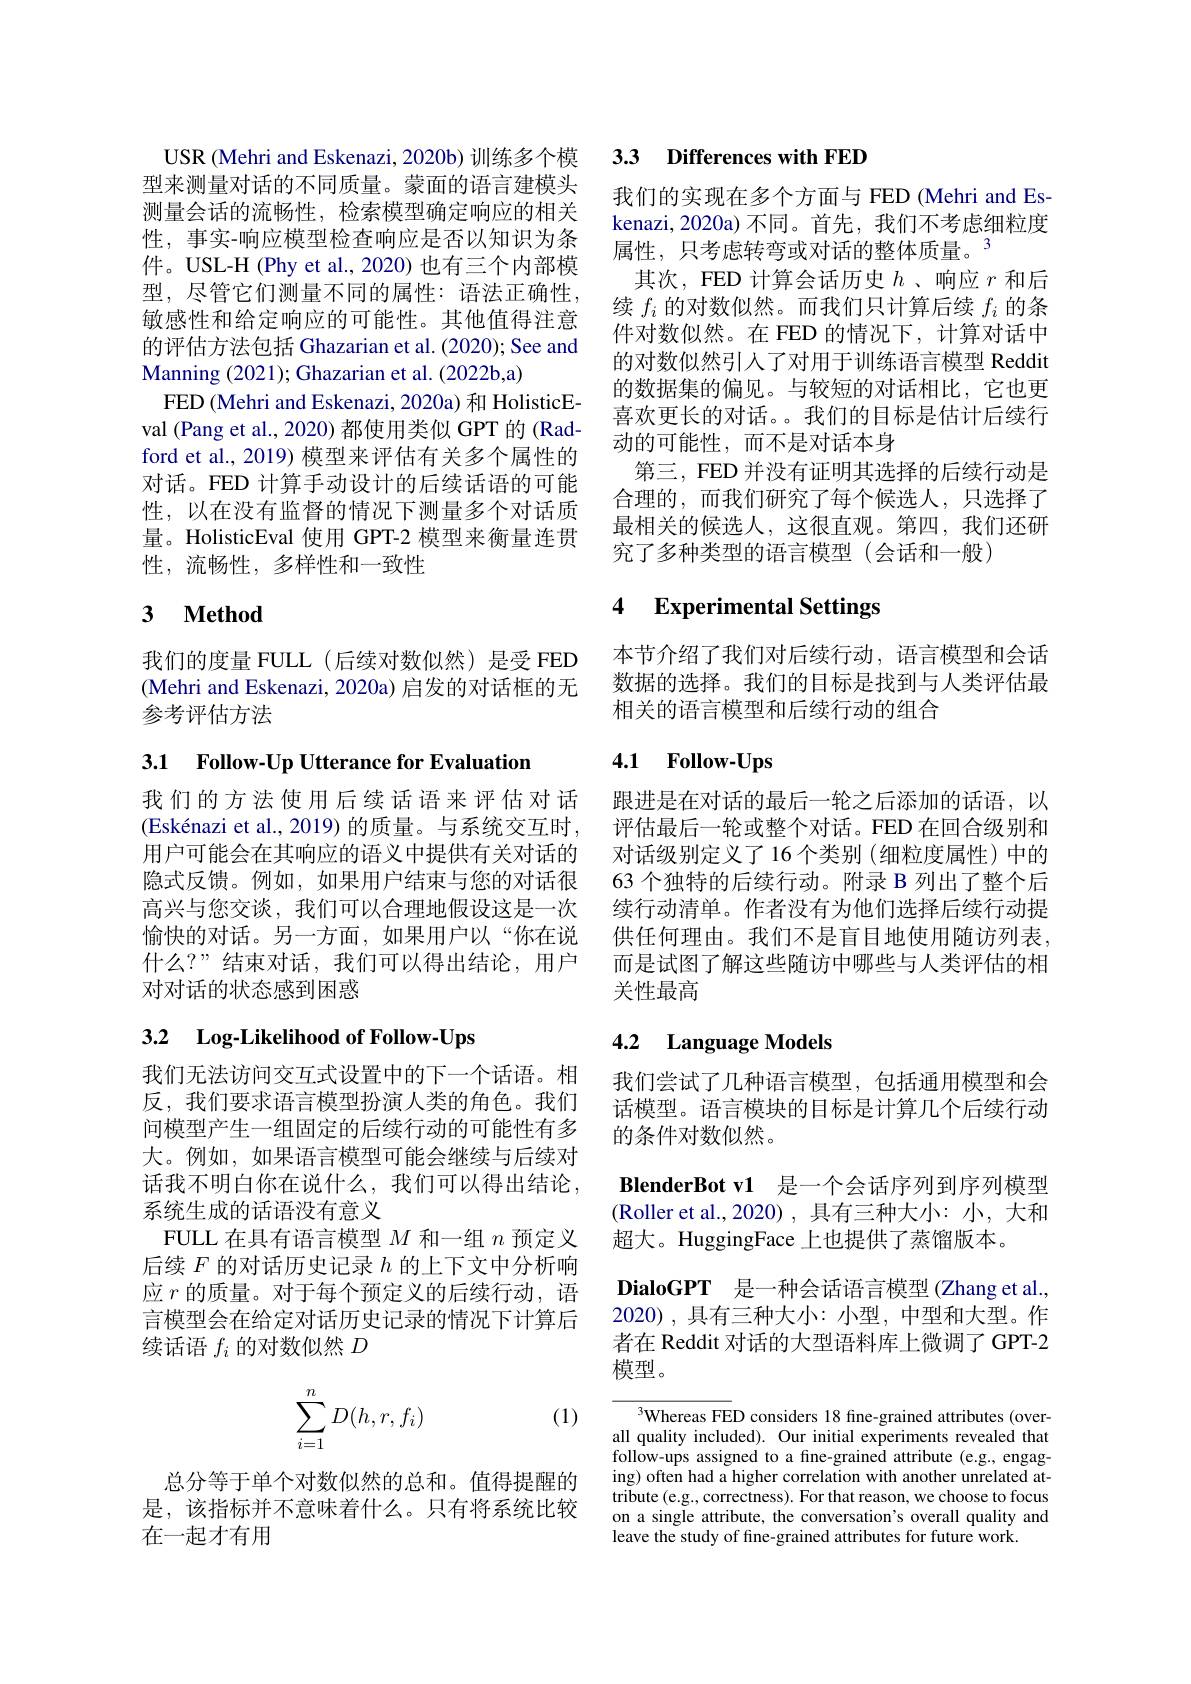
USR (Mehri and Eskenazi, 2020b) 训练多个模型来测量对话的不同质量。蒙面的语言建模头测量会话的流畅性，检索模型确定响应的相关性，事实-响应模型检查响应是否以知识为条件。USL-H (Phy et al., 2020) 也有三个内部模型，尽管它们测量不同的属性：语法正确性， 敏感性和给定响应的可能性。其他值得注意的评估方法包括 Ghazarian et al. (2020); See and Manning (2021); Ghazarian et al. (2022b,a)
FED (Mehri and Eskenazi, 2020a) 和 HolisticEval (Pang et al., 2020) 都使用类似 GPT 的 (Radford et al., 2019) 模型来评估有关多个属性的对话。FED 计算手动设计的后续话语的可能性，以在没有监督的情况下测量多个对话质量。HolisticEval 使用 GPT-2 模型来衡量连贯性，流畅性，多样性和一致性

# 3 $\textbf{Method}$

我们的度量 FULL(后续对数似然)是受 FED (Mehri and Eskenazi, 2020a) 启发的对话框的无参考评估方法

3.1 Follow-Up Utterance for Evaluation

我们的方法使用后续话语来评估对话 跟进是在对话的最后一轮之后添加的话语，以(Eskénazi et al., 2019) 的质量。与系统交互时，评估最后一轮或整个对话。FED 在回合级别和用户可能会在其响应的语义中提供有关对话的 对话级别定义了 16 个类别 (细粒度属性) 中的隐式反馈。例如，如果用户结束与您的对话很高兴与您交谈，我们可以合理地假设这是一次愉快的对话。另一方面，如果用户以“你在说什么？”结束对话，我们可以得出结论，用户对对话的状态感到困惑

# 3.2 Log-Likelihood of Follow-Ups

我们无法访问交互式设置中的下一个话语。相反，我们要求语言模型扮演人类的角色。我们问模型产生一组固定的后续行动的可能性有多大。例如，如果语言模型可能会继续与后续对话我不明白你在说什么，我们可以得出结论， 系统生成的话语没有意义
FULL 在具有语言模型$M$和一组$n$预定义后续$F$的对话历史记录$h$的上下文中分析响应$r$的质量。对于每个预定义的后续行动，语言模型会在给定对话历史记录的情况下计算后续话语$f_i$的对数似然$D$
$$\begin{aligned}\sum_{i=1}^nD(h,r,f_i)\end{aligned}$$
(1)

总分等于单个对数似然的总和。值得提醒的是，该指标并不意味着什么。只有将系统比较在一起才有用

## 3.3 Differences with FED

我们的实现在多个方面与 FED (Mehri and Eskenazi,2020a)不同。首先，我们不考虑细粒度属性，只考虑转弯或对话的整体质量。3
其 次 , FED 计 算 会 话 历 史 $h$、 响 应 $r$ 和 后 续 $f_{i}$的 对 数 似 然 。而 我 们 只 计 算 后 续 $f_{i}$ 的 条件对数似然。在 FED 的情况下，计算对话中的对数似然引人了对用于训练语言模型 Reddit 的数据集的偏见。与较短的对话相比，它也更喜欢更长的对话。。我们的目标是估计后续行动的可能性，而不是对话本身
第三，FED 并没有证明其选择的后续行动是合理的，而我们研究了每个候选人，只选择了最相关的候选人，这很直观。第四，我们还研究了多种类型的语言模型(会话和一般)

### 4 $\textbf{Experimental Settings}$

本节介绍了我们对后续行动，语言模型和会话数据的选择。我们的目标是找到与人类评估最相关的语言模型和后续行动的组合

## 4.1 Follow-Ups

63 个独特的后续行动。附录 B 列出了整个后续行动清单。作者没有为他们选择后续行动提供任何理由。我们不是盲目地使用随访列表。而是试图了解这些随访中哪些与人类评估的相关性最高

# 4.2 Language Models

我们尝试了几种语言模型，包括通用模型和会话模型。语言模块的目标是计算几个后续行动的条件对数似然。
$\textbf{BlenderBot v1}$ 是一个会话序列到序列模型(Roller et al.,2020),具有三种大小：小，大和超大。HuggingFace 上也提供了蒸馏版本。
$\textbf{DialoGPT}$ 是一种会话语言模型(Zhang et al., 2020),具有三种大小：小型，中型和大型。作者在 Reddit 对话的大型语料库上微调了 GPT-2模型。

$^{3}$Whereas FED considers 18 fine-grained attributes (overall quality included). Our initial experiments revealed that follow-ups assigned to a fine-grained attribute (e.g., engaging) often had a higher correlation with another unrelated at- $\begin{array}{l}{\mathrm{tribute~(e.g.,~correctness).~For~that~reason,~we~choose~to~focus}}\\{\mathrm{on~a~single~attribute,~the~conversation's~overall~quality~and}}\end{array}$ leave the study of fine-grained attributes for future work.